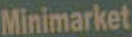
Minimarket